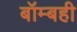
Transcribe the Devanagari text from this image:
बॉम्बही